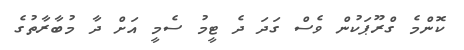
ކޮންމެ ގްރޫޕަކުން ވެސް ގަދަ ދެ ޓީމު ސެމީ އަށް ދާ މުބާރާތުގެ